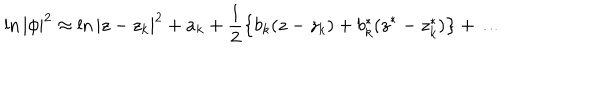
\ln | \phi | ^ { 2 } \approx \ln | z - z _ { k } | ^ { 2 } + a _ { k } + \frac { 1 } { 2 } \left\{ b _ { k } ( z - z _ { k } ) + b _ { k } ^ { * } ( z ^ { * } - z _ { k } ^ { * } ) \right\} + \dots